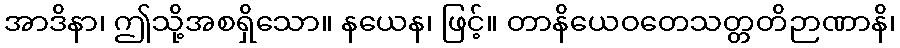
အာဒိနာ၊ ဤသို့အစရှိသော။ နယေန၊ ဖြင့်။ တာနိယေဝတေသတ္တတိဉာဏာနိ၊